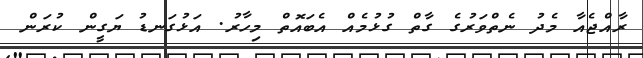
ރާއްޖެއާ މެދު ނެތްވަރުގެ ގާތް ގުޅުމެއް އެބައޮތް މިހާރު. އަޅުގަނޑު ޔަގީން ކުރަން